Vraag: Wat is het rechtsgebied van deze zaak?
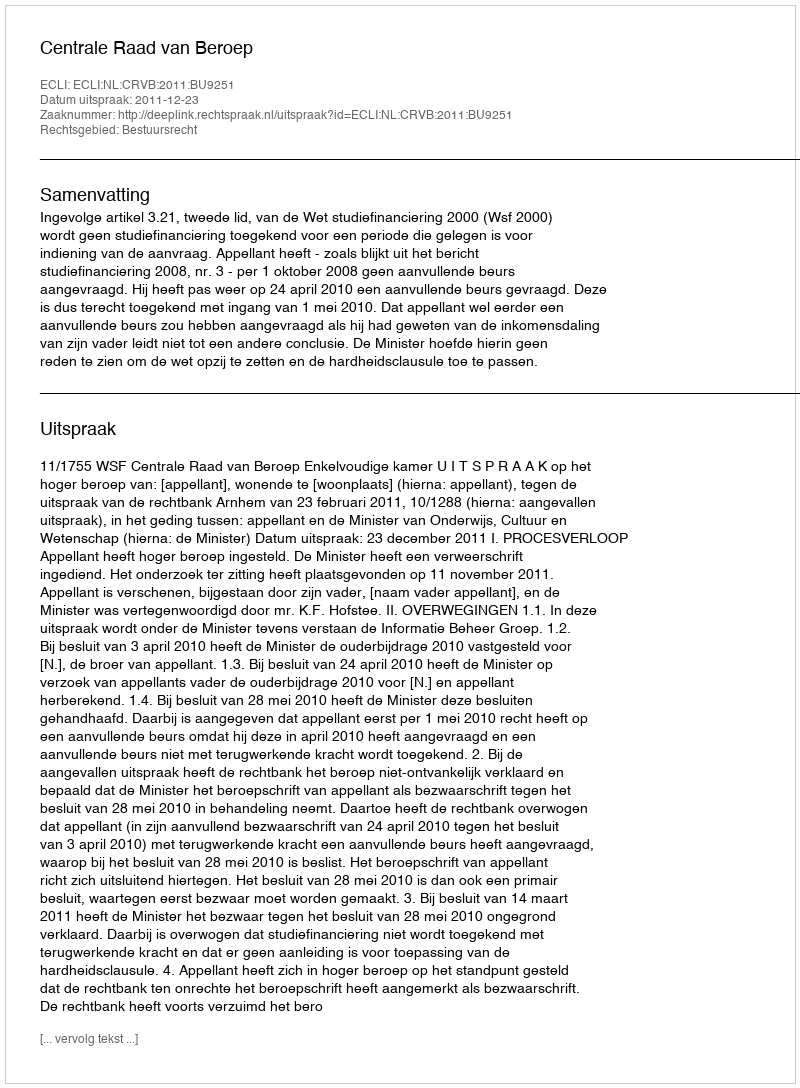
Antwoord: Bestuursrecht